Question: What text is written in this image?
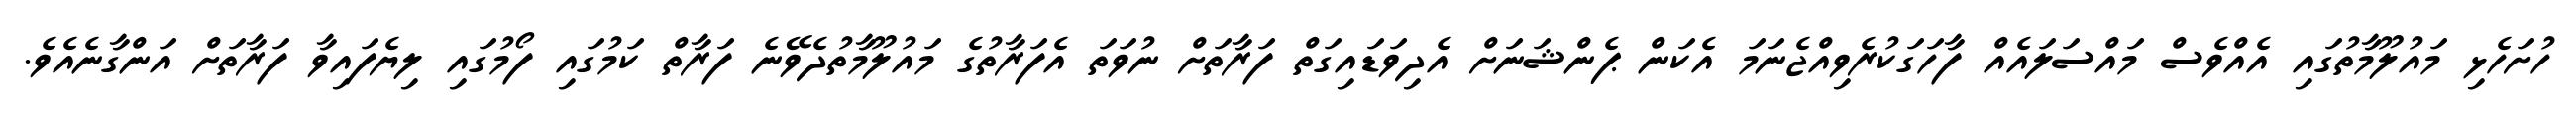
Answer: ހުށަހެޅި މައުލޫމާތުގައި އެއްވެސް މައްސަލައެއް ފާހަގަކުރެވިއްޖެނަމަ އެކަން ޕެންޝަނަށް އެދިވަޑައިގަތް ފަރާތަށް ނުވަތަ އެފަރާތުގެ މައުލޫމާތުދެވޭނެ ފަރާތް ކަމުގައި ފޯމުގައި ލިޔެފައިވާ ފަރާތަށް އަންގާނެއެވެ.